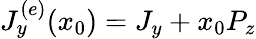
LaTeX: J_{y}^{(e)}(x_{0})=J_{y}+x_{0}P_{z}